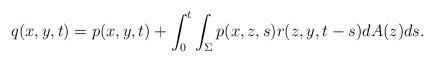
LaTeX: \begin{align*}q(x,y,t)=p(x,y,t)+\int_0^t\int_\Sigma p(x,z,s)r(z,y,t-s)dA(z)ds.\end{align*}